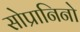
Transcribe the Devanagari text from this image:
सोप्रानिनो